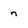
Character: n